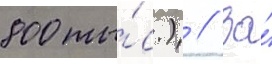
800 ты́с.) // За́